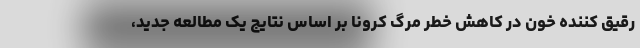
رقیق کننده خون در کاهش خطر مرگ کرونا بر اساس نتایج یک مطالعه جدید،